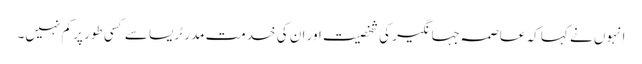
انہوں نے کہا کہ عاصمہ جہانگیر کی شخصیت اور ان کی خدمت مدر ٹریسا سے کسی طور پر کم نہیں۔